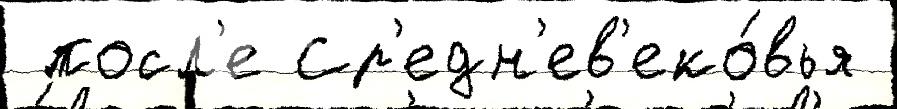
 посл'е Ср'едн'ев'еко́вья